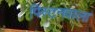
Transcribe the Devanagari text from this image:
पिस्टनवाला